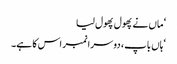
‘ ماں نے پھول پھول لیا
‘ہاں باپ ، دوسرا نمبر اس کا ہے۔